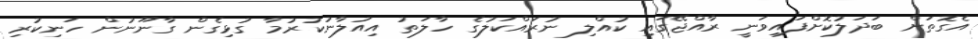
އެގޮތަށް ބަދަލުކޮށްފައިވަނީ ރާއްޖޭގައި ކުއްލި ނުރައްކަލުގެ ހާލަތު އިއުލާނުކުރުމާ ގުޅިގެން ގާނޫނުން ހަނިކުރި